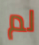
لم